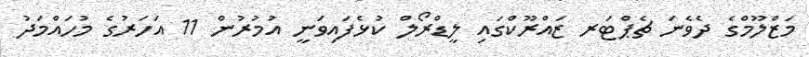
މަޒްލޫމްގެ ދެވެނަ ޗެޕްޓަރ ޒައްރޫކްގައި ލީޑްރޯލް ކުޅެފައިވަނީ އުމުރުން 11 އަހަރުގެ މުހައްމަދު